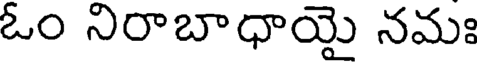
ఓం నిరాబాధాయై నమః